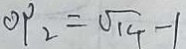
O P _ { 2 } = \sqrt { 1 4 } - 1